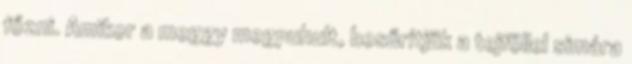
főzni. Amikor a meggy megpuhult, besűrítjük a tejföllel simára